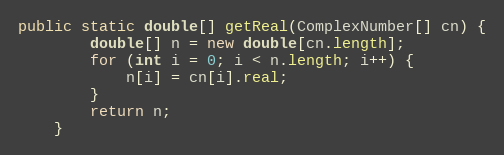
Language: Java
public static double[] getReal(ComplexNumber[] cn) {
        double[] n = new double[cn.length];
        for (int i = 0; i < n.length; i++) {
            n[i] = cn[i].real;
        }
        return n;
    }